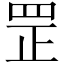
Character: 罡